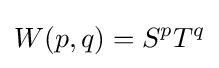
W(p,q)=S^{p}T^{q}